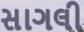
સાગલી